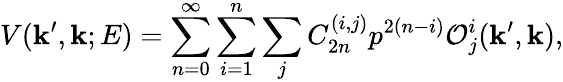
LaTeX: V({\mathbf k}^{\prime},{\mathbf k};E)=\sum_{n=0}^{\infty}\sum_{i=1}^{n}\sum_{j}C_{2n}^{(i,j)}p^{2(n-i)}{\cal O}_{j}^{i}({\mathbf k}^{\prime},{\mathbf k}),